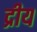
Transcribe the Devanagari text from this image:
द्रीय